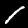
Digit: 1